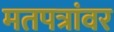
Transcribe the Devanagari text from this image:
मतपत्रांवर